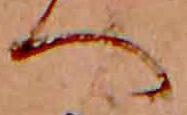
へ